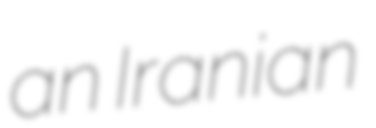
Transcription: an Iranian